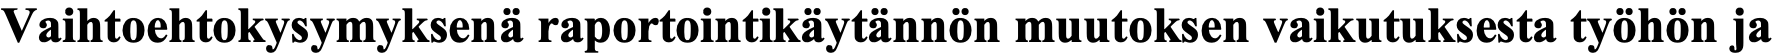
Vaihtoehtokysymyksenä raportointikäytännön muutoksen vaikutuksesta työhön ja